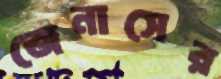
জেনাসের